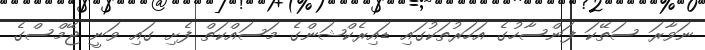
ނަވާރަ ސަތޭކަ ފަންސާހުގެ އަހަރުތަކުގައި ޑައިރެކްޝަންގެ މަސައްކަތް ފެށި ގައި ވަނީ ޖޭމްސްގެ